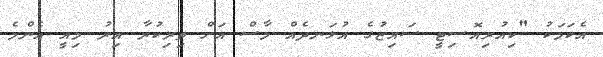
އެކަމަކު "ކިއުރިއޮސިޓީ ސައިޒުގެ އުޅަނދެއް މާސް އަށް ތިރިކުރާ އިރު މިއީ އެންމެ